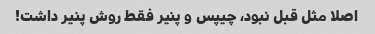
اصلا مثل قبل نبود، چیپس و پنیر فقط روش پنیر داشت!